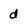
Character: d